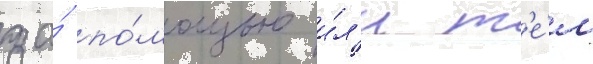
за́ по́мощью и́л'и т'е́м